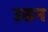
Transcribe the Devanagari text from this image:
उठन